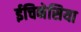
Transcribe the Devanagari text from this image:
ईचिनेसिया